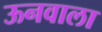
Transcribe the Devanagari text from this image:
ऊनवाला